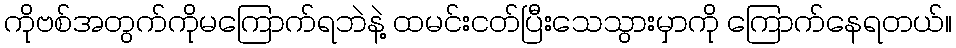
ကိုဗစ်အတွက်ကိုမကြောက်ရဘဲနဲ့ ထမင်းငတ်ပြီးသေသွားမှာကို ကြောက်နေရတယ်။